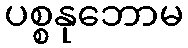
ပစ္စနုဘောမ